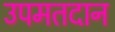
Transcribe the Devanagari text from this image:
उपमतदान